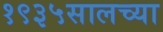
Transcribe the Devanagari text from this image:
१९३५सालच्या